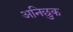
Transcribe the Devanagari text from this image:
अनिछुक